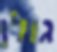
גולן